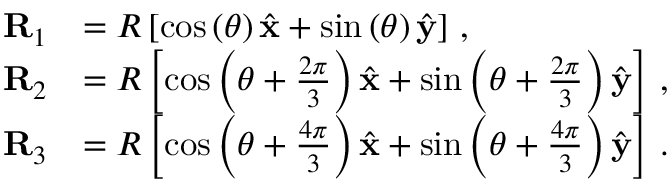
\begin{array} { r l } { \mathbf { R } _ { 1 } } & { = R \left[ \cos \left( \theta \right) \hat { \mathbf { x } } + \sin \left( \theta \right) \hat { \mathbf { y } } \right] \, , } \\ { \mathbf { R } _ { 2 } } & { = R \left[ \cos \left( \theta + \frac { 2 \pi } { 3 } \right) \hat { \mathbf { x } } + \sin \left( \theta + \frac { 2 \pi } { 3 } \right) \hat { \mathbf { y } } \right] \, , } \\ { \mathbf { R } _ { 3 } } & { = R \left[ \cos \left( \theta + \frac { 4 \pi } { 3 } \right) \hat { \mathbf { x } } + \sin \left( \theta + \frac { 4 \pi } { 3 } \right) \hat { \mathbf { y } } \right] \, . } \end{array}